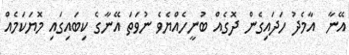
އޭނާ  އާމެދު ހަދައިގެން ދޮގެއް ބުނީހެއްޔެވެ ނުވަތަ އޭނާގެ ކިބައިގައި މޮޔަކަމެއް